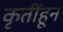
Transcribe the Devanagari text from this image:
कृतींहून